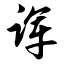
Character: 诨